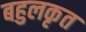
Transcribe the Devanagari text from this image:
बहुलकृत